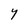
Character: Y